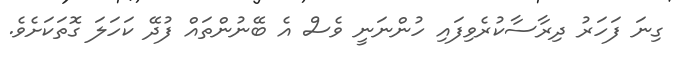
ގިނަ ފަހަރު ދިރާސާކުރެވިފައި ހުންނަނީ ވެސް އެ ބޭނުންތައް ފުދޭ ކަހަލަ ގޮތަކަށެވެ.